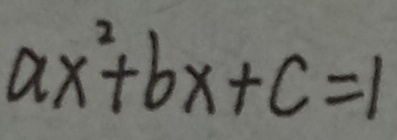
a x ^ { 2 } + b x + c = 1